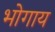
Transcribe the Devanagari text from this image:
भोगाय